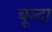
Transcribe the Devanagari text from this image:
बून्दा